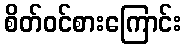
စိတ်ဝင်စားကြောင်း